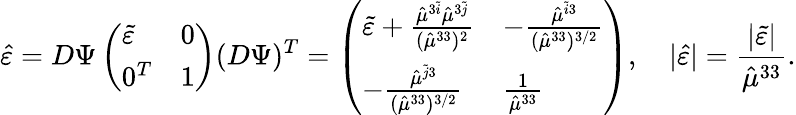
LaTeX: \hat{\varepsilon}=D\Psi\left(\begin{array}{ll}{\tilde{\varepsilon}}&{0}\\ {0^{T}}&{1}\end{array}\right)(D\Psi)^{T}=\left(\begin{array}{ll}{\tilde{\varepsilon}+\frac{\hat{\mu}^{3\tilde{i}}\hat{\mu}^{3\tilde{j}}}{(\hat{\mu}^{33})^{2}}}&{-\frac{\hat{\mu}^{\tilde{i}3}}{(\hat{\mu}^{33})^{3/2}}}\\ {-\frac{\hat{\mu}^{\tilde{j}3}}{(\hat{\mu}^{33})^{3/2}}}&{\frac{1}{\hat{\mu}^{33}}}\end{array}\right),\quad\lvert\hat{\varepsilon}\rvert=\frac{\lvert\tilde{\varepsilon}\rvert}{\hat{\mu}^{33}}.